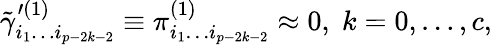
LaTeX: \tilde{\gamma}_{i_{1}\ldots i_{p-2k-2}}^{\prime(1)}\equiv\pi_{i_{1}\ldots i_{p-2k-2}}^{(1)}\approx 0,\; k=0,\ldots,c,